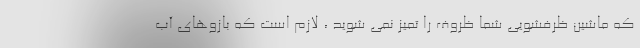
که ماشین ظرفشویی شما ظروف را تمیز نمی شوید ، لازم است که بازوهای آب